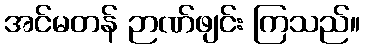
အင်မတန် ဉာဏ်ဖျင်း ကြသည်။